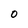
Character: O